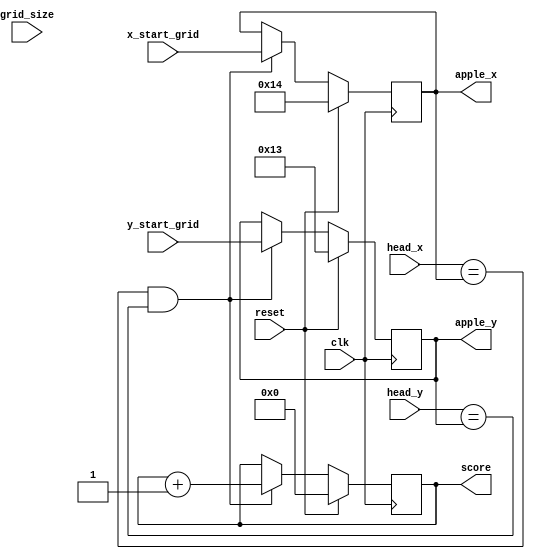
`timescale 1ns / 1ps
//////////////////////////////////////////////////////////////////////////////////
// Company: AGH
// 
// Design Name: 
// Module Name: apple
// Project Name: Entliczek Pentliczek
// Target Devices: 
// Tool Versions: 
// Description: Zdobywanie punktw za jedzenie jabek
// 
// Dependencies: 
// 
// Revision:
// Revision 0.01 - File Created
// Additional Comments:
// 
//////////////////////////////////////////////////////////////////////////////////


module apple(
    input wire clk,
    input wire reset,
    input wire [6:0] x_start_grid,
    input wire [5:0] y_start_grid,
    input wire [9:0] grid_size,
    input wire [6:0] head_x, 
    input wire [5:0] head_y,
    output reg [6:0] apple_x,
    output reg [5:0] apple_y,
    output reg [3:0] score // max 15
);

    reg [6:0] apple_x_nxt;
    reg [5:0] apple_y_nxt;
    reg [3:0] score_nxt;

always @(posedge clk) begin
    if(reset)begin
        score   <= 0;
        apple_x <= 6'd20;
        apple_y <= 5'd19;
    end
    else begin
        score   <= score_nxt;
        apple_x <= apple_x_nxt;
        apple_y <= apple_y_nxt;
    end
end

always @* begin
    if((head_x == apple_x) && (head_y == apple_y)) begin
        apple_x_nxt = x_start_grid;
        apple_y_nxt = y_start_grid;
        score_nxt = score + 1;
    end
    else begin  
        apple_x_nxt = apple_x;
        apple_y_nxt = apple_y;
        score_nxt = score;
    end
end

endmodule